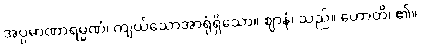
အပ္ပမာဏာရမ္မဏံ၊ ကျယ်သောအာရုံရှိသော။ ဈာနံ၊ သည်။ ဟောတိ၊ ၏။